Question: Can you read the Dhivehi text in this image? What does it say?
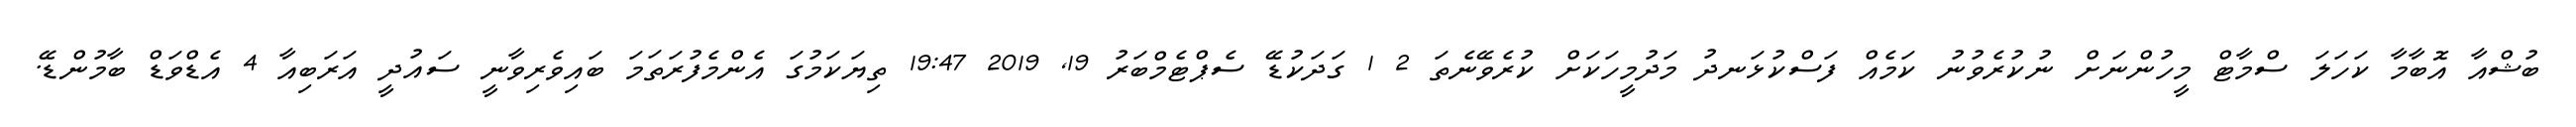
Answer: ބުޝްއާ އޮބާމާ ކަހަލަ ސްމާޓް މީހުންނަށް ނުކުރެވުނު ކަމެއް ފަސްކުޅަނދު މަދުމީހަކަށް ކުރެވޭނެތަ 2 1 ގަދަކުޑޭ ސެޕްޓެމްބަރު 19, 2019 19:47 ތިޔަކަމުގަ އެންމެފުރަތަމަ ބައިވެރިވާނީ ސައުދީ އަރަބިއާ 4 އެޑްވަޑް ބާމުންޑޭ.